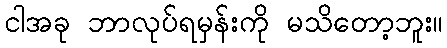
ငါအခု ဘာလုပ်ရမှန်းကို မသိတော့ဘူး။